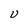
Character: U